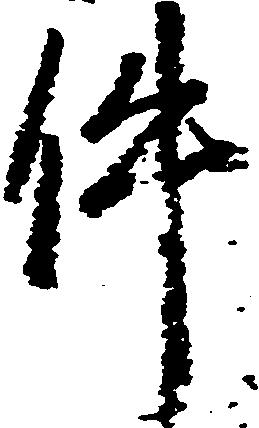
件